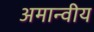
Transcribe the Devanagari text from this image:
अमान्वीय